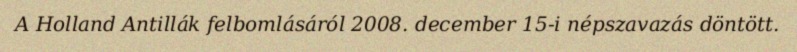
A Holland Antillák felbomlásáról 2008. december 15-i népszavazás döntött.